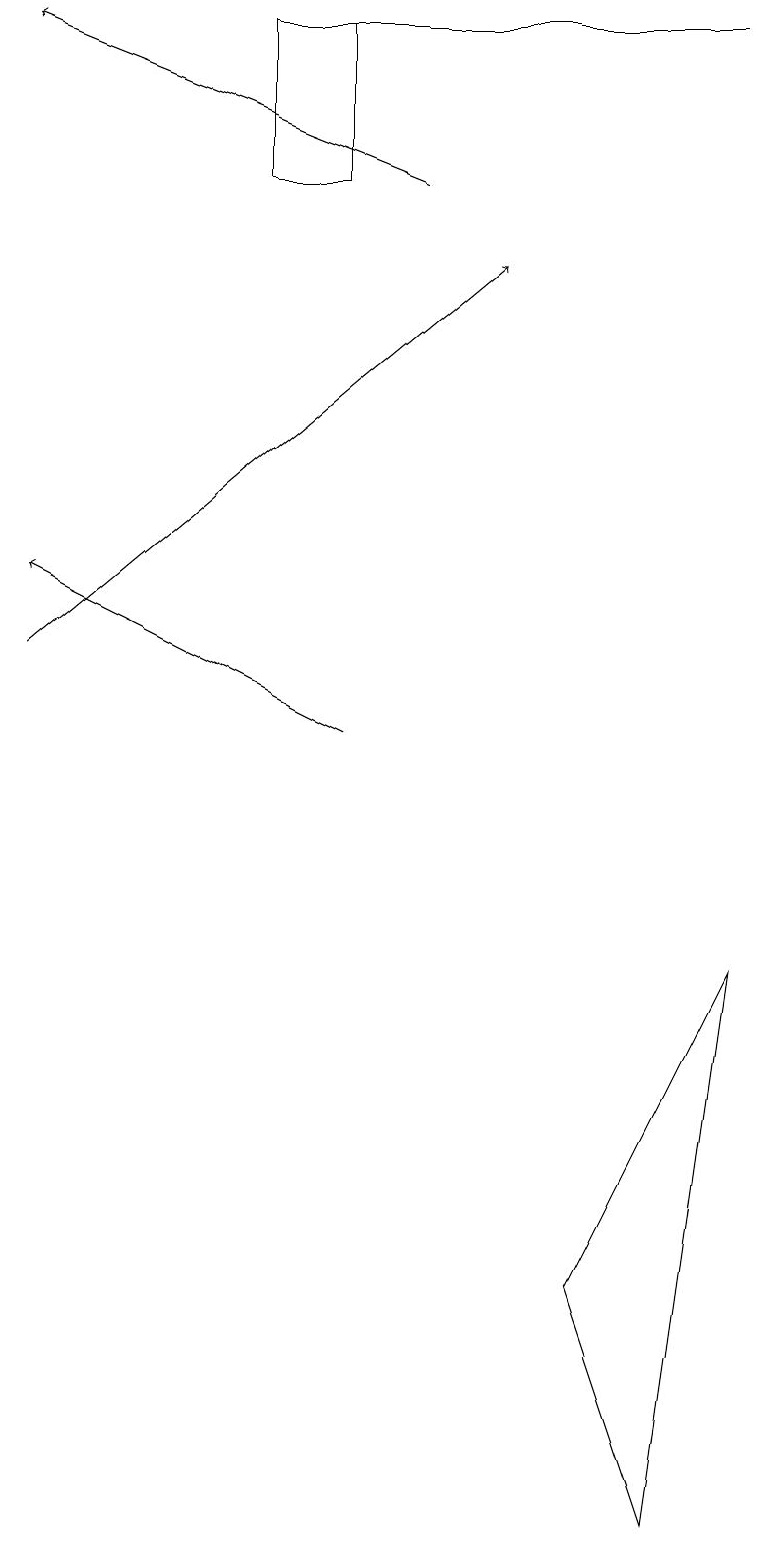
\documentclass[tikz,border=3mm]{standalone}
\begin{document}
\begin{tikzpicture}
\draw (4,19) rectangle (3,17);
\draw[->] (4,10) -- (0,12);
\draw (9,19) rectangle (3,19);
\draw[->] (5,17) -- (0,19);
\draw (9,7) -- (8,0) -- (7,3) -- cycle;
\draw[->] (0,11) -- (6,16);
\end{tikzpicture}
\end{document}